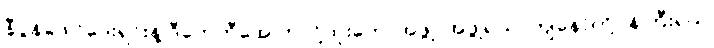
နီပွန်ဖေါင်ဒေးရှင်းနဲ့ ဒီကေဘီအေ ကလို့ထူးဘောအဖွဲ့၊ အဖွဲ့ရယ်၊ ကျနော်တို့ဝန်ကြီးရယ်